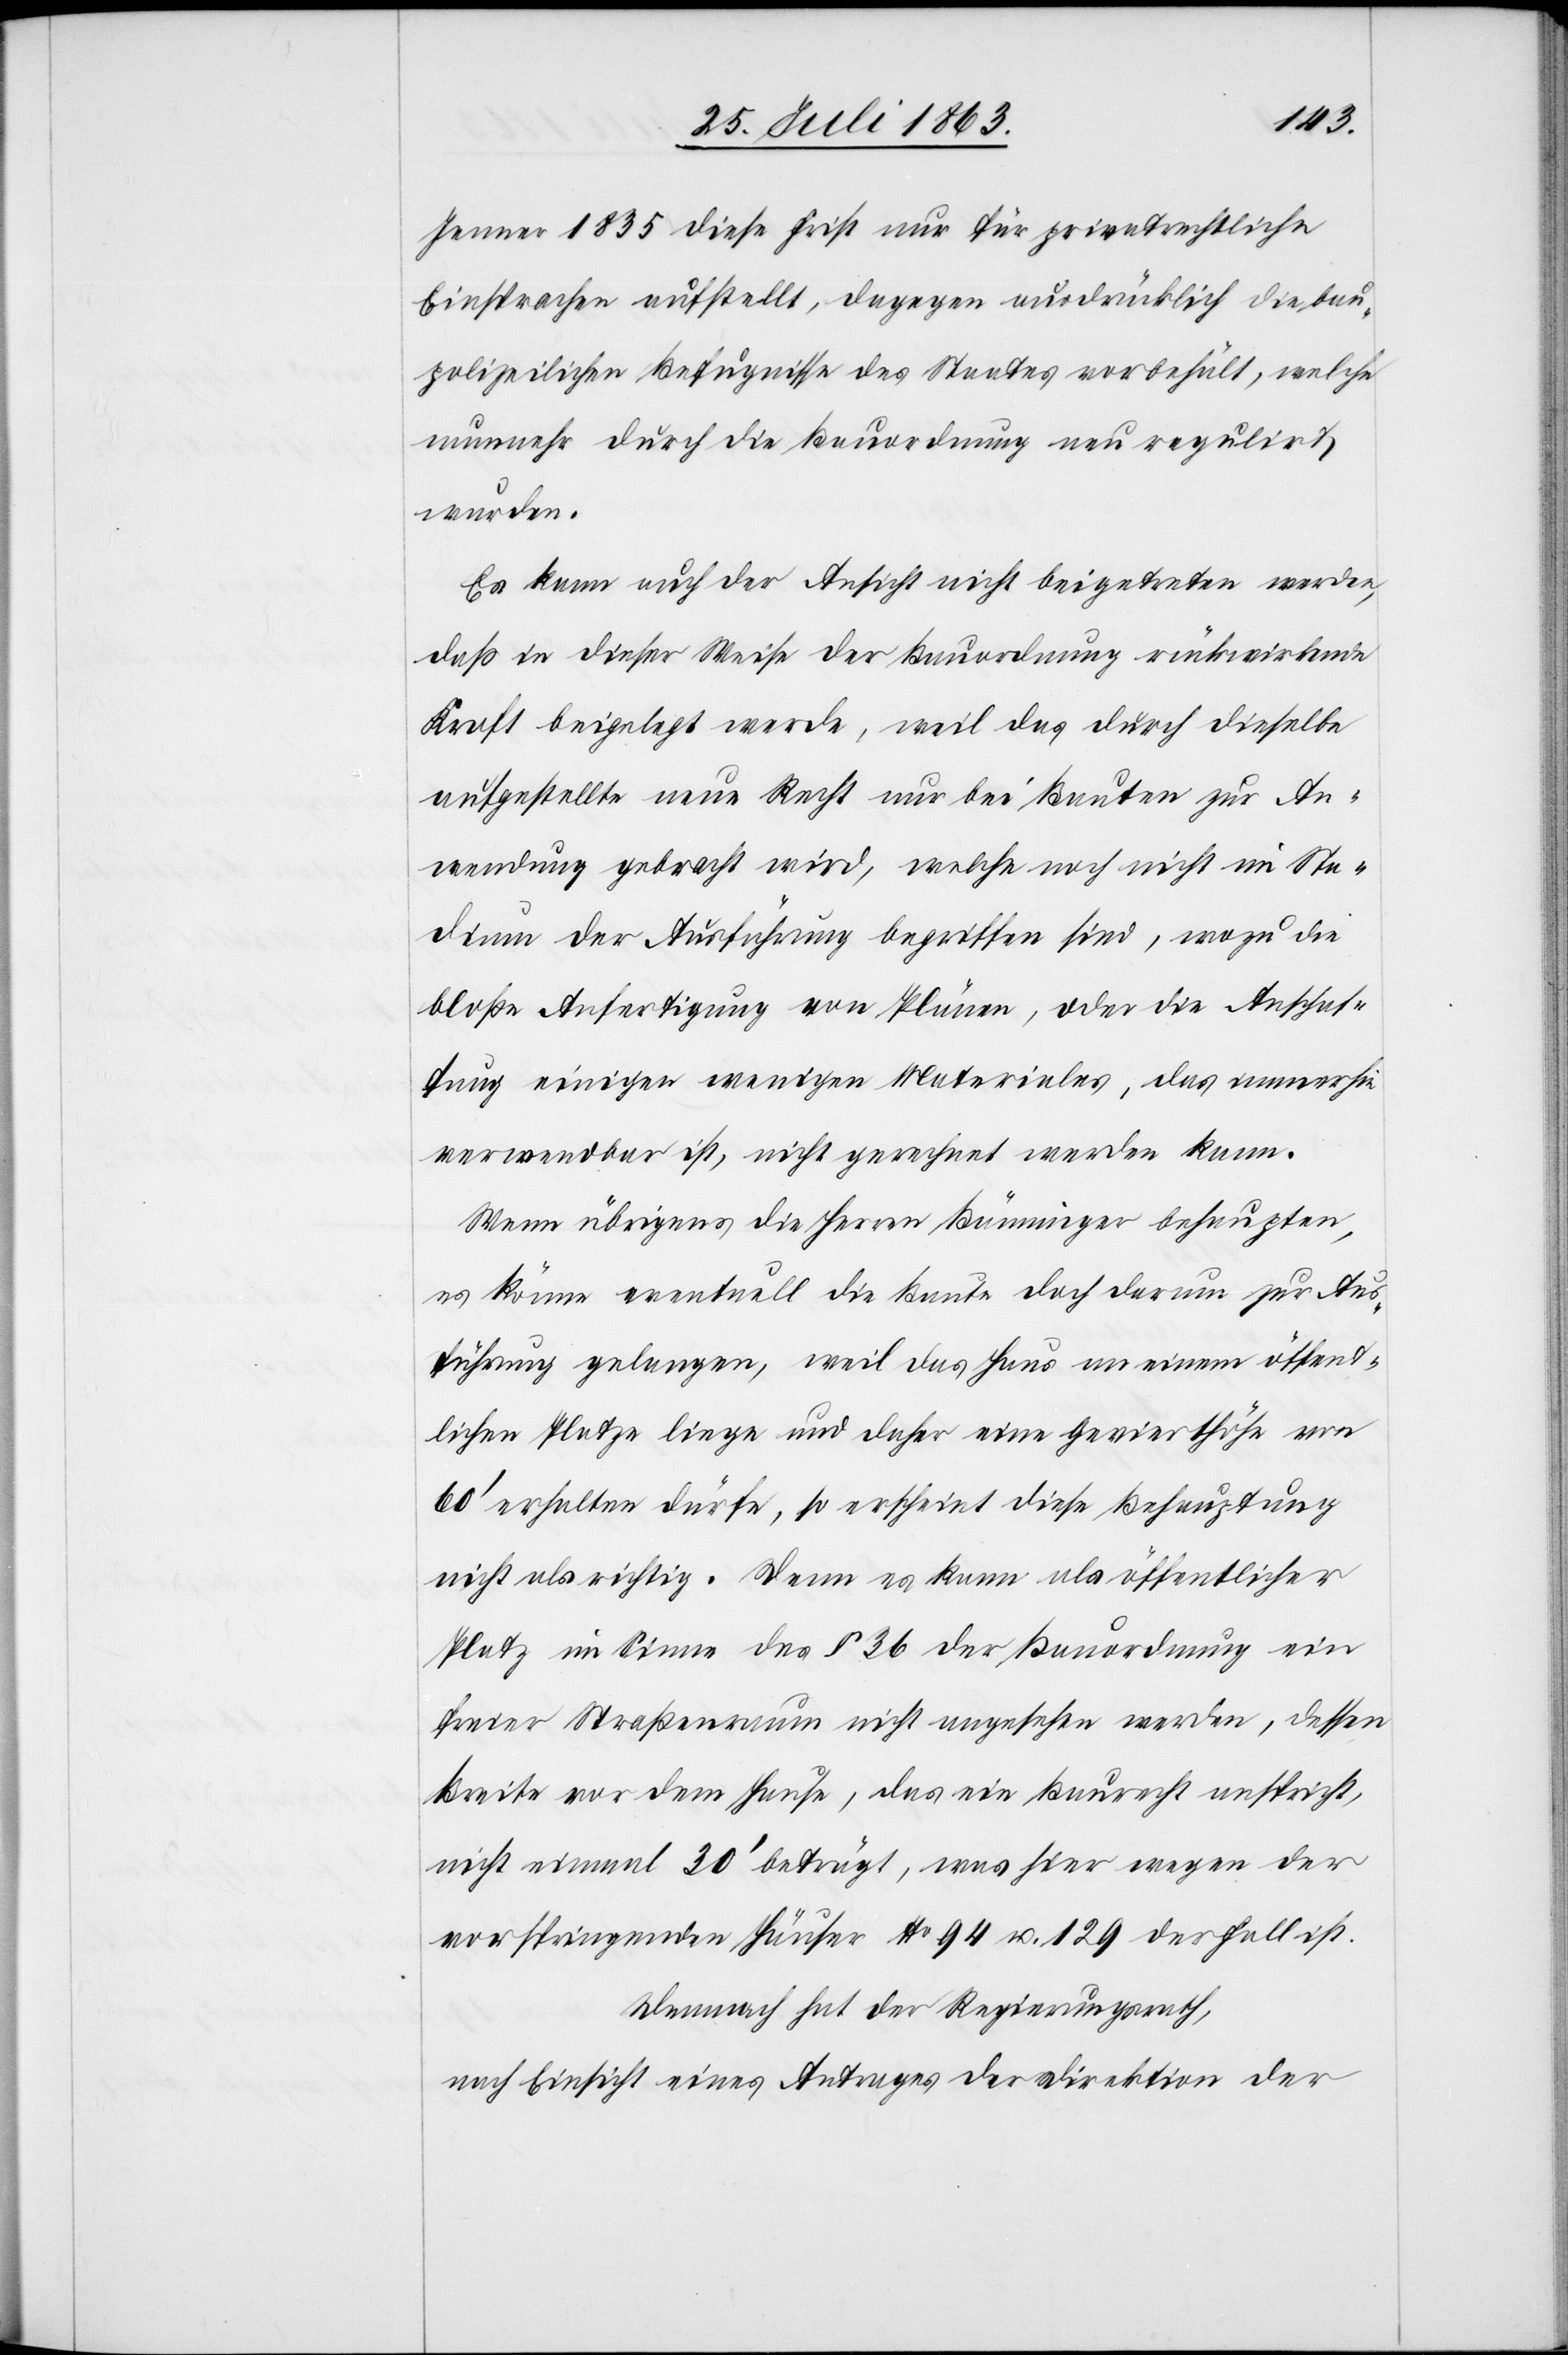
Jenner 1835 diese Frist nur für privatrechtliche
Einsprachen aufstellt, dagegen ausdrücklich die bau¬
polizeilichen Befugnisse des Staates vorbehält, welche
nunmehr durch die Bauordnung neu regulirt
wurden.
Es kann auch der Ansicht nicht beigetreten werden,
daß in dieser Weise der Bauordnung rückwirkende
Kraft beigelegt werde, weil das durch dieselbe
aufgestellte neue Recht nur bei Bauten zur An¬
wendung gebracht wird, welche noch nicht im Sta¬
dium der Ausführung begriffen sind, wozu die
bloße Anfertigung von Plänen, oder die Anschaf¬
fung einigen wenigen Materiales, das immerhin
verwendbar ist, nicht gerechnet werden kann.
Wenn übrigens die Herren Bänninger behaupten,
es könne eventuell die Baute doch darum zur Aus¬
führung gelangen, weil das Haus an einem öffent¬
lichen Platze liege und daher eine Gevierthöhe von
60' erhalten dürfe, so erscheint diese Behauptung
nicht als richtig. Denn es kann als öffentlicher
Platz im Sinne des § 36 der Bauordnung ein
freier Straßenraum nicht angesehen werden, dessen
Breite vor dem Hause, das ein Baurecht anspricht,
nicht einmal 30' beträgt, was hier wegen der
vorspringenden Häuser No 94 u. 129 der Fall ist.
Demnach hat der Regierungsrath,
nach Einsicht eines Antrages der Direktion der